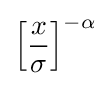
\left[{\frac {x}{\sigma }}\right]^{-\alpha }